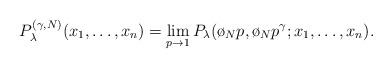
LaTeX: \begin{align*}P_{\lambda}^{(\gamma,N)}(x_1,\dots,x_n) = \lim_{p \rightarrow 1} P_{\lambda}(\o_N p, \o_N p^{\gamma} ; x_1,\dots,x_n ).\end{align*}